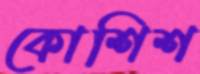
কোশিশ